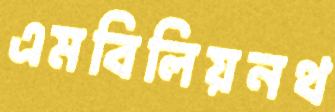
এমবিলিয়নথ